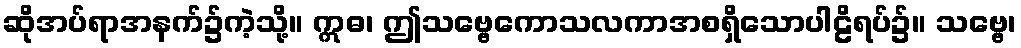
ဆိုအပ်ရာအနက်၌ကဲ့သို့။ ဣဓ၊ ဤသဗ္ဗေကောသလကာအစရှိသောပါဠိရပ်၌။ သဗ္ဗေ၊